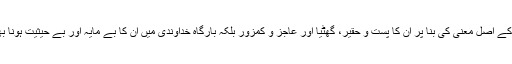
مزید برآں دَانَ يَدُوْنُ کے اصل معنی کی بنا پر ان کا پست و حقیر، گھٹیا اور عاجز و کمزور بلکہ بارگاهِ خداوندی میں ان کا بے مایہ اور بے حیثیت ہونا بھی ثابت ہو جاتا ہے۔